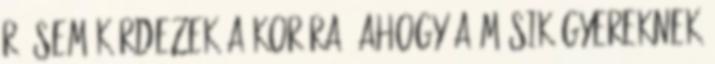
rá sem kérdezek a korára, ahogy a másik gyereknek